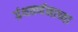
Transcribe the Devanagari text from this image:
ग्रंथवर्णनाच्या